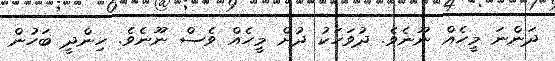
ދަންނަ މީހެއް ނޫނެވެ. ދުވަހަކު ދުށް މީހެއް ވެސް ނޫނެވެ. ހިންދީ ބަހުން